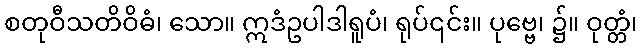
စတုဝီသတိဝိဓံ၊ သော။ ဣဒံဥပါဒါရူပံ၊ ရုပ်၎င်း။ ပုဗ္ဗေ၊ ၌။ ဝုတ္တံ၊